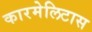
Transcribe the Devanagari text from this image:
कारमेलिटास